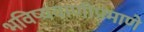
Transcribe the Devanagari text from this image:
भविष्यवाणीप्रमाणे